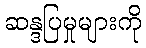
ဆန္ဒပြမှုများကို